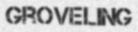
GROVELING